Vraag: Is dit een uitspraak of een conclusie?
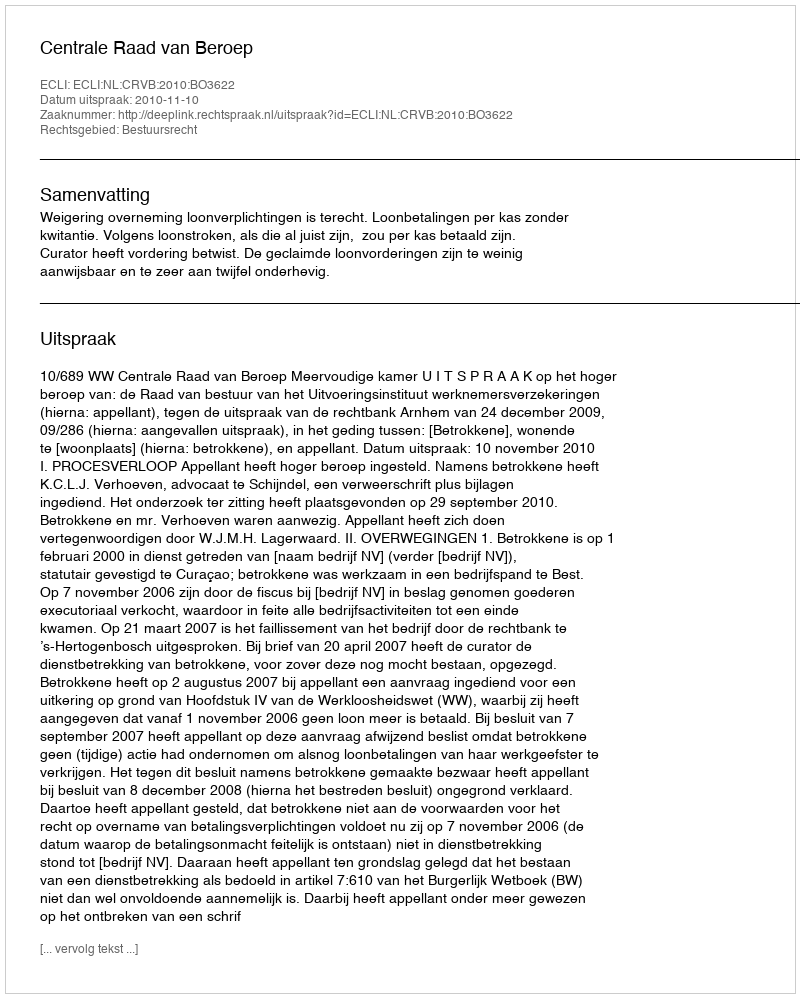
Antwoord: Uitspraak